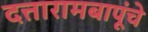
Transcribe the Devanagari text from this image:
दत्तारामबापूंचे